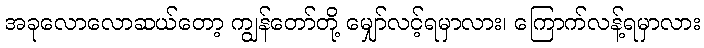
အခုလောလောဆယ်တော့ ကျွန်တော်တို့ မျှော်လင့်ရမှာလား၊ ကြောက်လန့်ရမှာလား